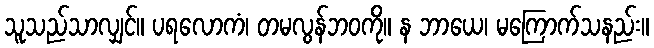
သူသည်သာလျှင်။ ပရလောကံ၊ တမလွန်ဘဝကို။ န ဘာယေ၊ မကြောက်သနည်း။